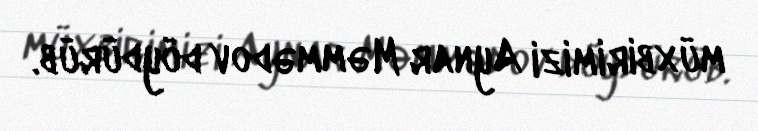
müxbirimizi Aynar Məmmədov döydürüb.